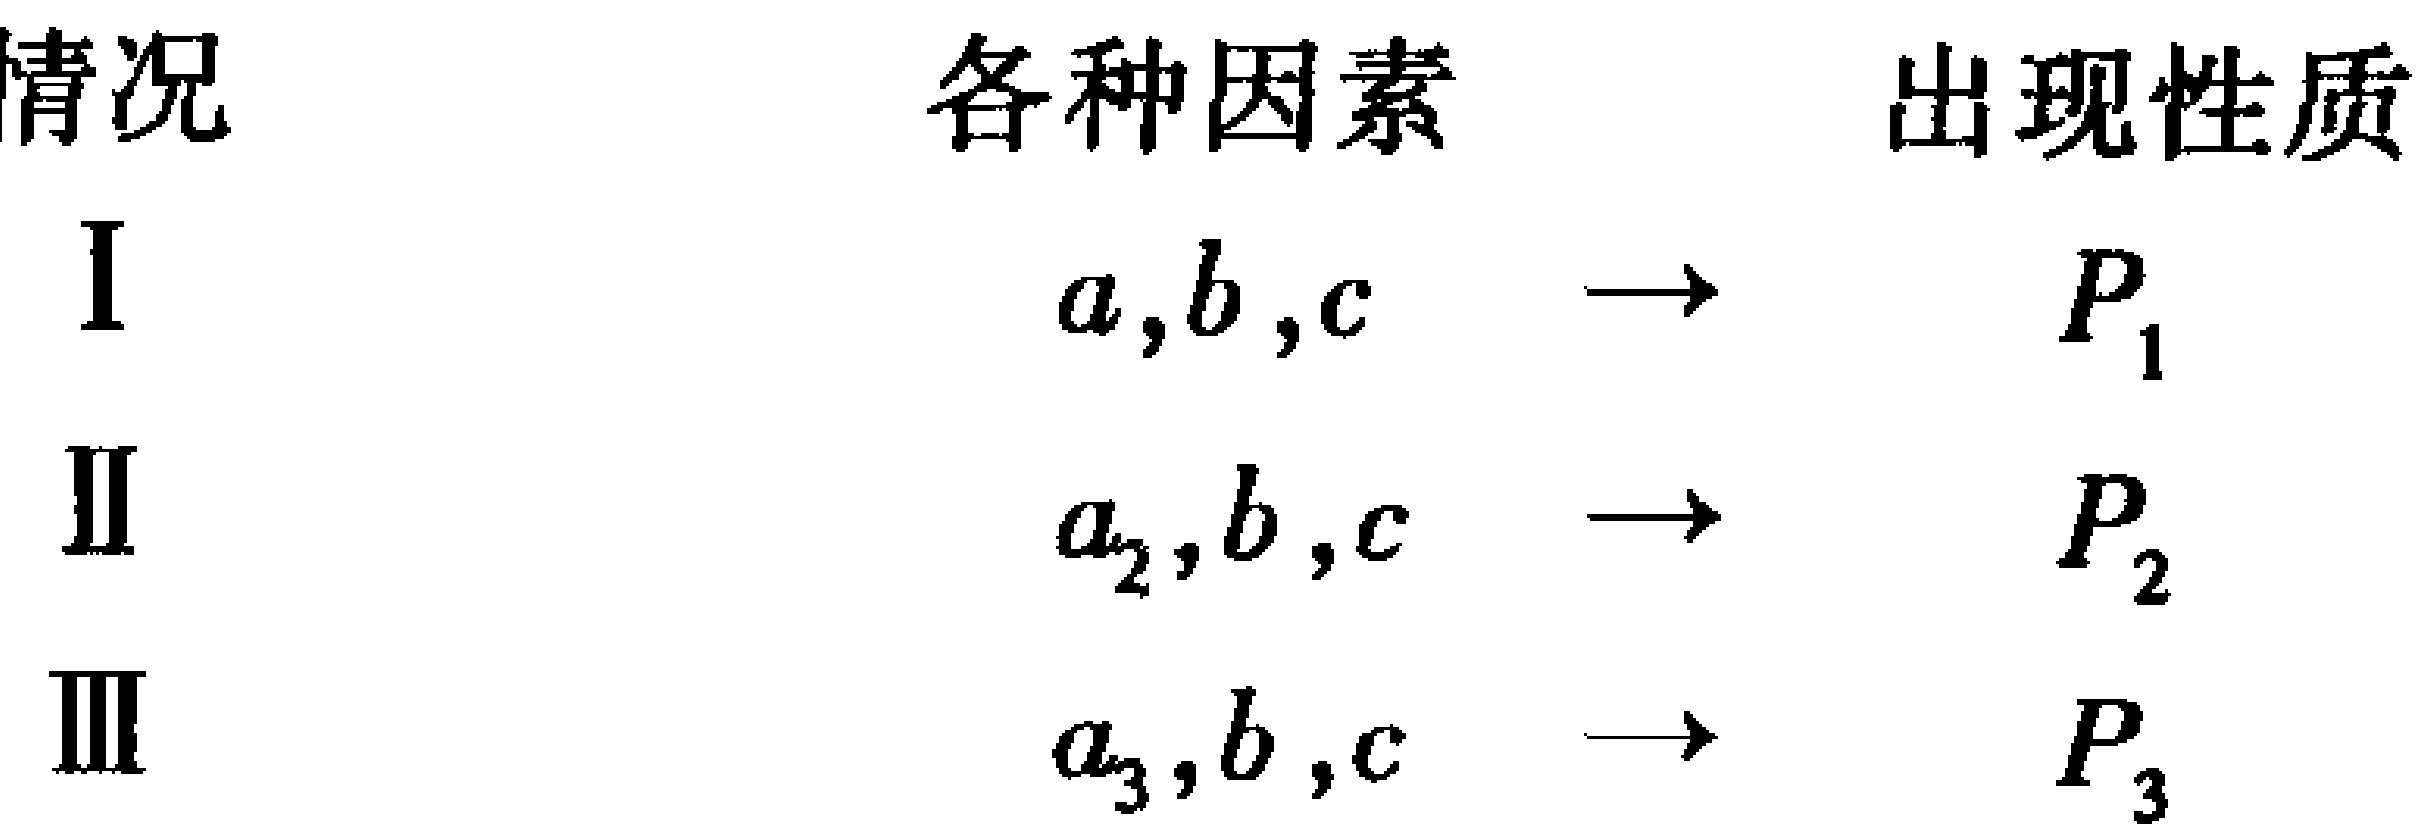
\begin{tabular}{ccc}

情况 & 各种因素 & 出现性质 \\

I & $a,b,c$ & $\to$ $P_{1}$ \\

II & $a_{2},b,c$ & $\to$ $P_{2}$ \\

III & $a_{3},b,c$ & $\to$ $P_{3}$

\end{tabular}